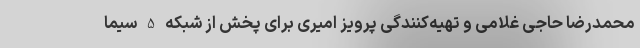
محمدرضا حاجی غلامی و تهیه‌کنندگی پرویز امیری برای پخش از شبکه 5 سیما